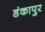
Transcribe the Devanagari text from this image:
डंकापुर